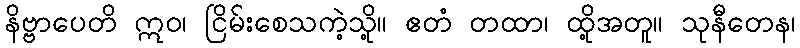
နိဗ္ဗာပေတိ ဣဝ၊ ငြိမ်းစေသကဲ့သို့။ ဧတံ တထာ၊ ထို့အတူ။ သုနီတေန၊